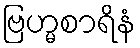
ဗြဟ္မစာရိနံ